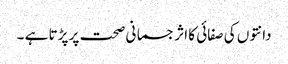
دانتوں کی صفائی کا اثر جسمانی صحت پر پڑتا ہے ۔